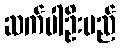
ဆက်ပါဦးမည်